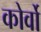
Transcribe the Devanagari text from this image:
कोर्वो